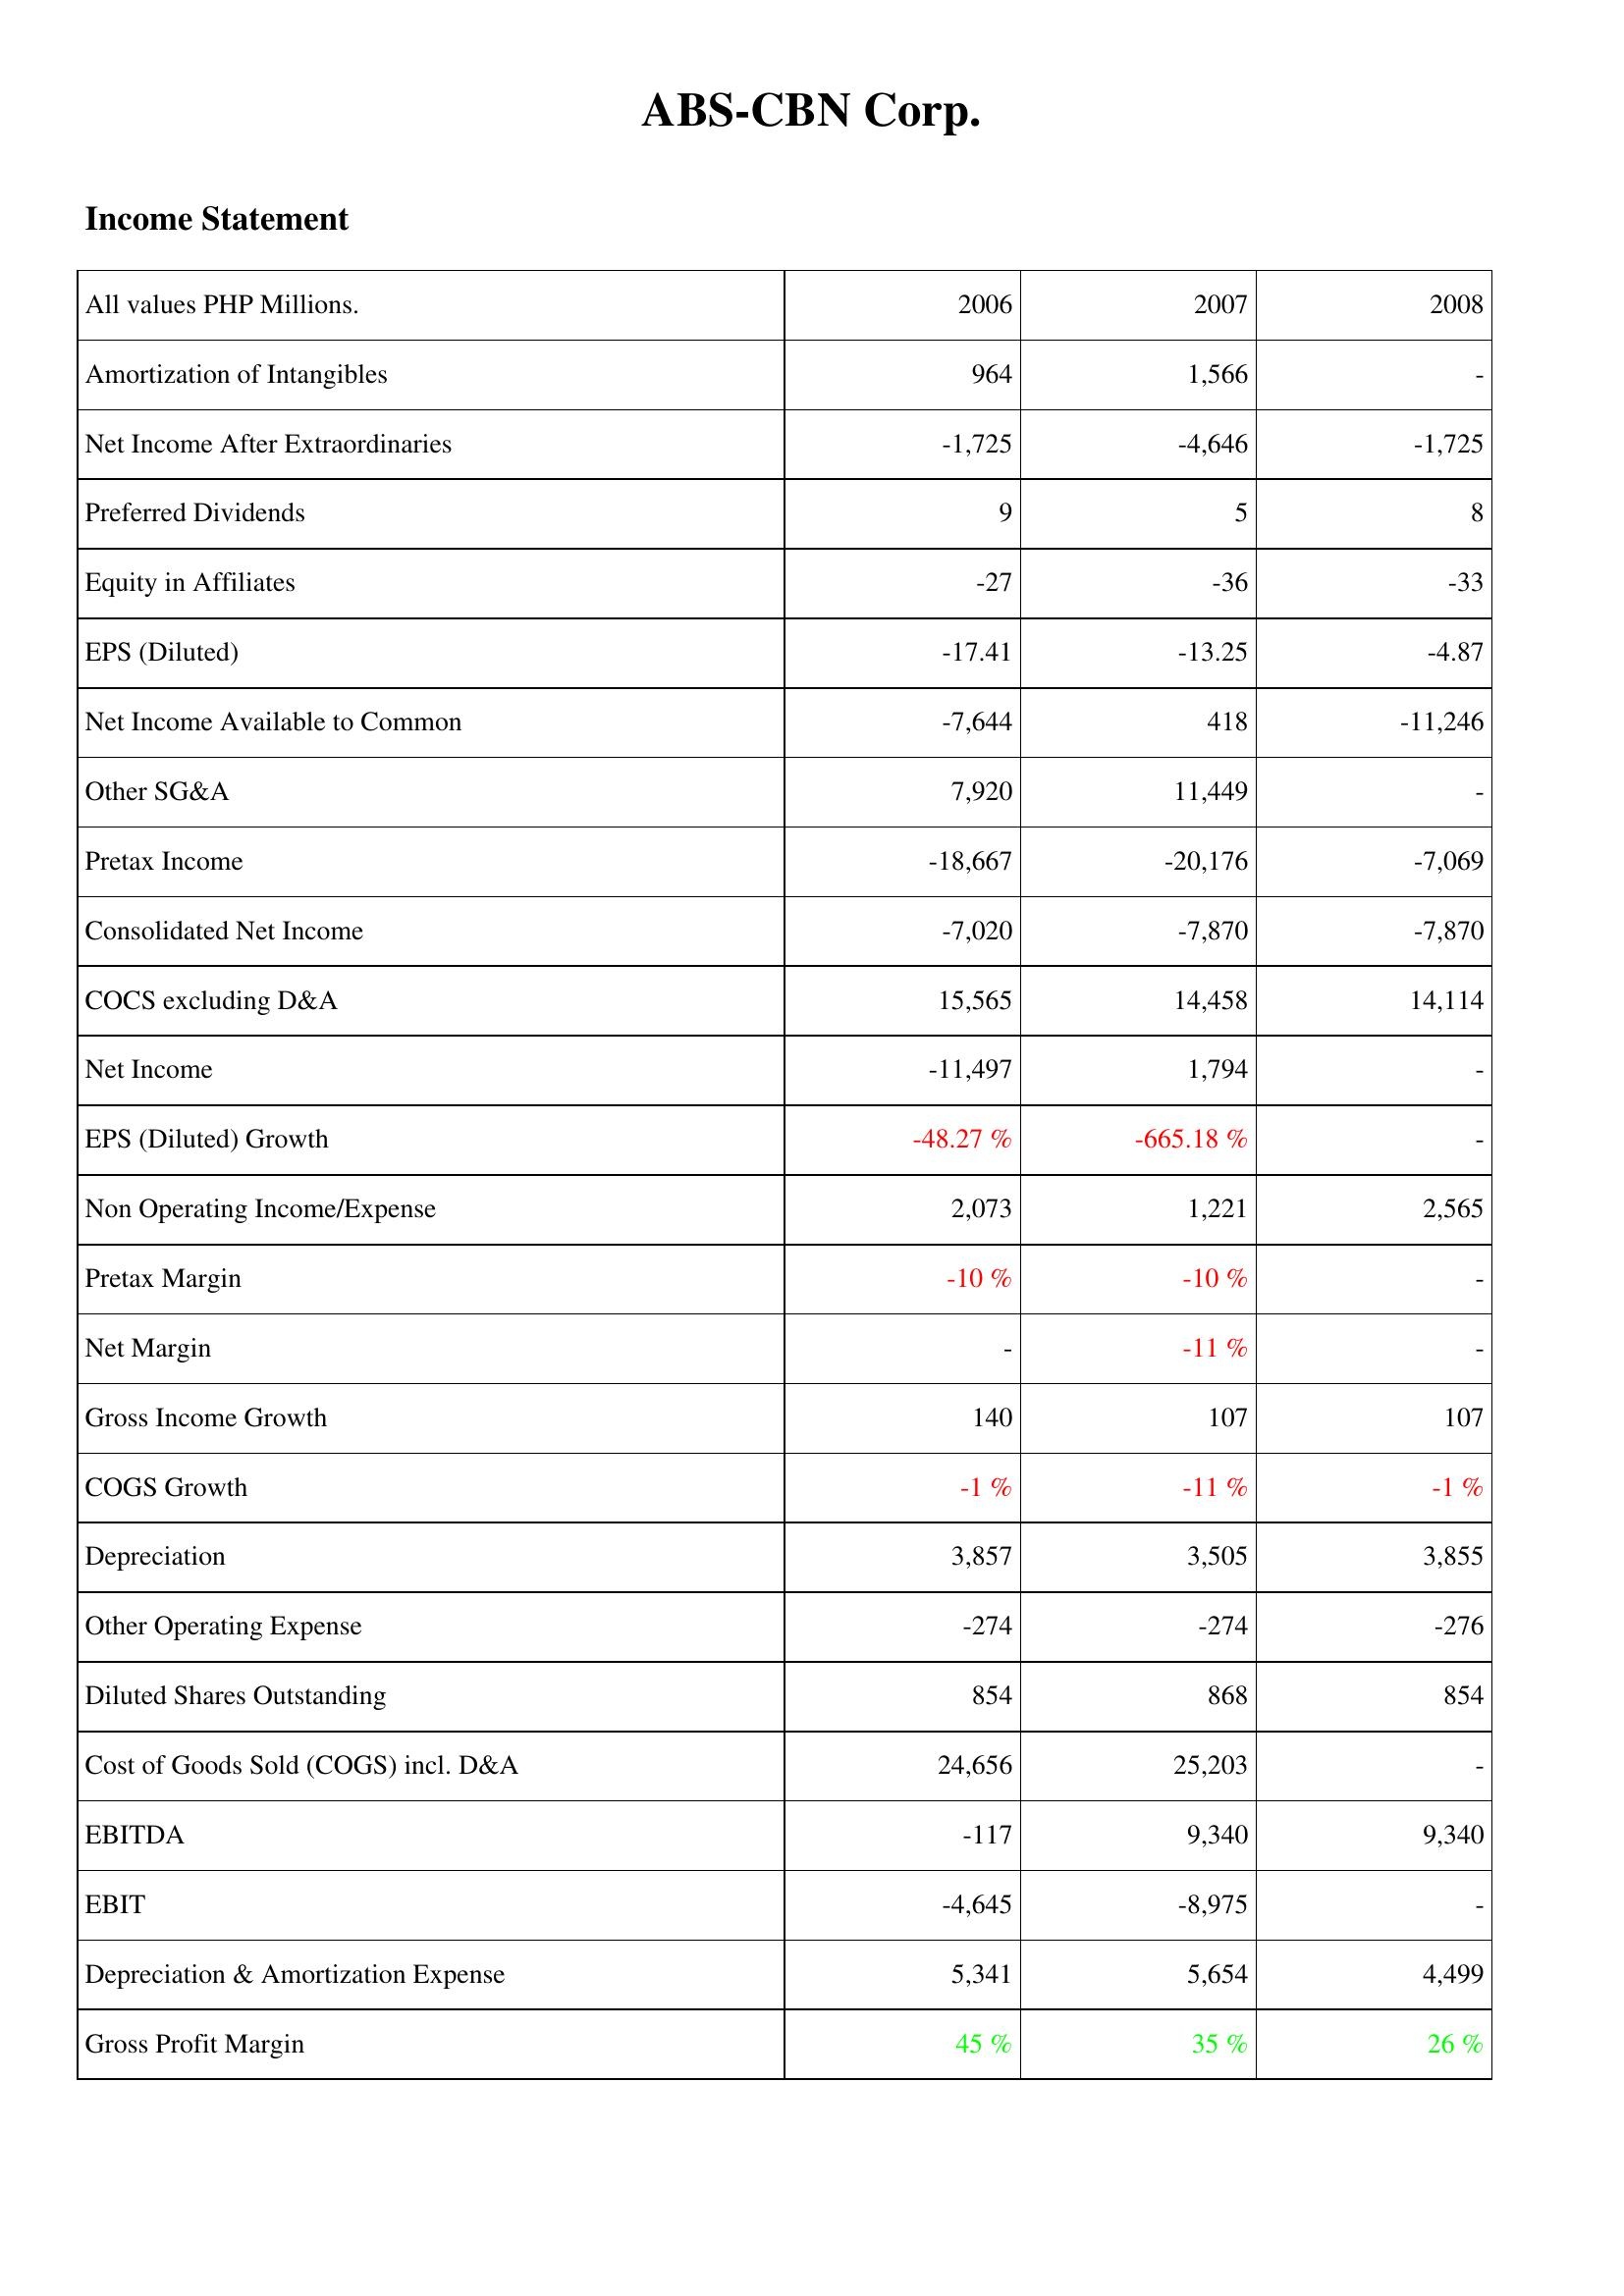
2006: Income Statement: Amortization of Intangibles: 964
Net Income After Extraordinaries: -1,725
Preferred Dividends: 9
Equity in Affiliates: -27
EPS (Diluted): -17.41
Net Income Available to Common: -7,644
Other SG&A: 7,920
Pretax Income: -18,667
Consolidated Net Income: -7,020
COCS excluding D&A: 15,565
Net Income: -11,497
EPS (Diluted) Growth: -48.27 %
Non Operating Income/Expense: 2,073
Pretax Margin: -10 %
Net Margin: -
Gross Income Growth: 140
COGS Growth: -1 %
Depreciation: 3,857
Other Operating Expense: -274
Diluted Shares Outstanding: 854
Cost of Goods Sold (COGS) incl. D&A: 24,656
EBITDA: -117
EBIT: -4,645
Depreciation & Amortization Expense: 5,341
Gross Profit Margin: 45 %
2007: Income Statement: Amortization of Intangibles: 1,566
Net Income After Extraordinaries: -4,646
Preferred Dividends: 5
Equity in Affiliates: -36
EPS (Diluted): -13.25
Net Income Available to Common: 418
Other SG&A: 11,449
Pretax Income: -20,176
Consolidated Net Income: -7,870
COCS excluding D&A: 14,458
Net Income: 1,794
EPS (Diluted) Growth: -665.18 %
Non Operating Income/Expense: 1,221
Pretax Margin: -10 %
Net Margin: -11 %
Gross Income Growth: 107
COGS Growth: -11 %
Depreciation: 3,505
Other Operating Expense: -274
Diluted Shares Outstanding: 868
Cost of Goods Sold (COGS) incl. D&A: 25,203
EBITDA: 9,340
EBIT: -8,975
Depreciation & Amortization Expense: 5,654
Gross Profit Margin: 35 %
2008: Income Statement: Amortization of Intangibles: -
Net Income After Extraordinaries: -1,725
Preferred Dividends: 8
Equity in Affiliates: -33
EPS (Diluted): -4.87
Net Income Available to Common: -11,246
Other SG&A: -
Pretax Income: -7,069
Consolidated Net Income: -7,870
COCS excluding D&A: 14,114
Net Income: -
EPS (Diluted) Growth: -
Non Operating Income/Expense: 2,565
Pretax Margin: -
Net Margin: -
Gross Income Growth: 107
COGS Growth: -1 %
Depreciation: 3,855
Other Operating Expense: -276
Diluted Shares Outstanding: 854
Cost of Goods Sold (COGS) incl. D&A: -
EBITDA: 9,340
EBIT: -
Depreciation & Amortization Expense: 4,499
Gross Profit Margin: 26 %